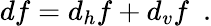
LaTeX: df=d_{h}f+d_{v}f\ \ .